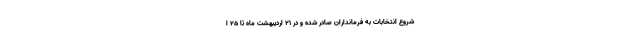
شروع انتخابات به فرمانداران صادر شده و در ۲۱ اردیبهشت ماه تا ۲۵ ا